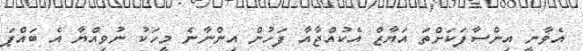
އެވާނީ އިންސާފަކަށްތަ އަޔާޒް އެކުއްޖާއާ ފަހުން އިންނާނެ މީހަކު ނުވިއްޔާ އެ ބައްޕަ